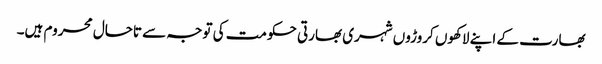
بھارت کے اپنے لاکھوں کروڑوں شہری بھارتی حکومت کی توجہ سے تاحال محروم ہیں۔